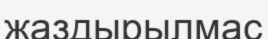
жаздырылмас